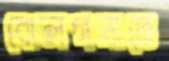
বোলগনাতে